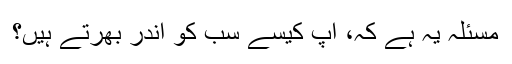
مسئلہ یہ ہے کہ، آپ کیسے سب کو اندر بھرتے ہیں؟